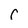
Character: C